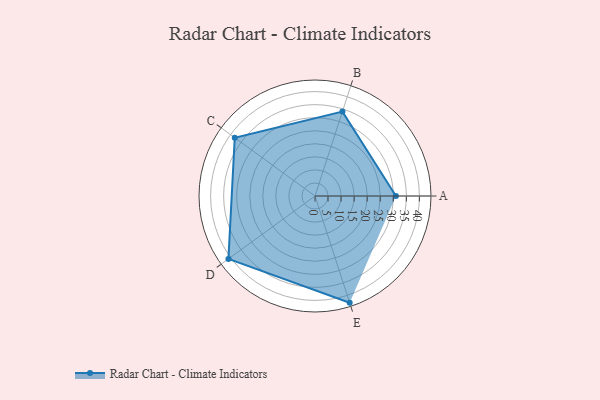
{"axis": {"x": "Skill", "y": "Score"}, "legend": ["Profile"], "data": [{"x": "A", "y": 31.0, "type": "Profile"}, {"x": "B", "y": 34.0, "type": "Profile"}, {"x": "C", "y": 38.0, "type": "Profile"}, {"x": "D", "y": 41.0, "type": "Profile"}, {"x": "E", "y": 43.0, "type": "Profile"}]}